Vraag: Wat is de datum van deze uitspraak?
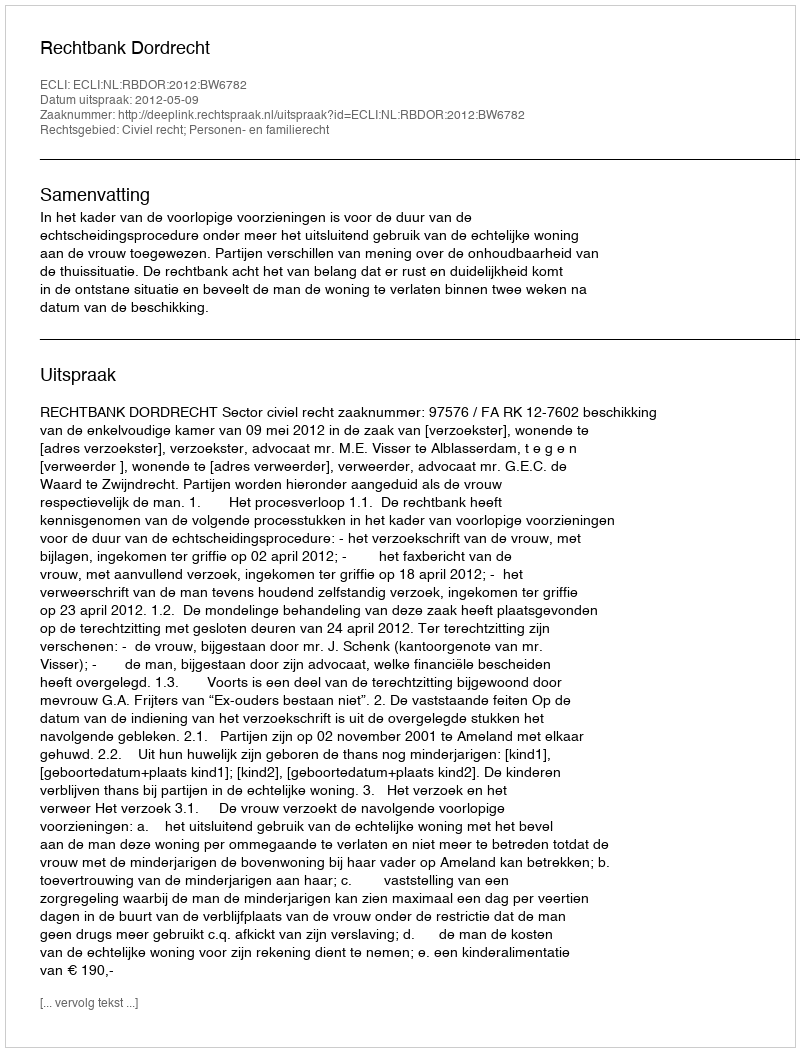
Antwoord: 2012-05-09